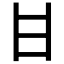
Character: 𤮺